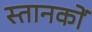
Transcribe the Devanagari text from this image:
स्तानकों